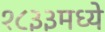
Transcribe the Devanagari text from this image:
१८३३मध्ये